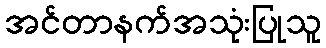
အင်တာနက်အသုံးပြုသူ